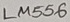
Text: LM556